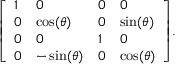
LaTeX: { \left[ \begin{array} { l l l l } { 1 } & { 0 } & { 0 } & { 0 } \\ { 0 } & { \cos ( \theta ) } & { 0 } & { \sin ( \theta ) } \\ { 0 } & { 0 } & { 1 } & { 0 } \\ { 0 } & { - \sin ( \theta ) } & { 0 } & { \cos ( \theta ) } \end{array} \right] } .